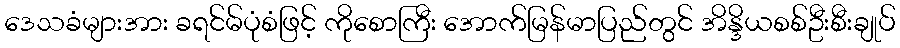
ဒေသခံများအား ခရင်မ်ပုံစံဖြင့် ကိုစောကြီး အောက်မြန်မာပြည်တွင် အိန္ဒိယစစ်ဦးစီးချုပ်